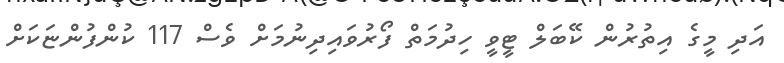
އަދި މީގެ އިތުރުން ކޭބަލް ޓީވީ ހިދުމަތް ފޯރުވައިދިނުމަށް ވެސް 117 ކުންފުންޏަކަށް